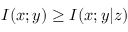
I ( x ; y ) \geq I ( x ; y | z )